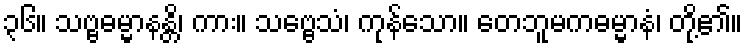
၃၆။ သဗ္ဗဓမ္မာနန္တိ၊ ကား။ သဗ္ဗေသံ၊ ကုန်သော။ တေဘူမကဓမ္မာနံ၊ တို့၏။